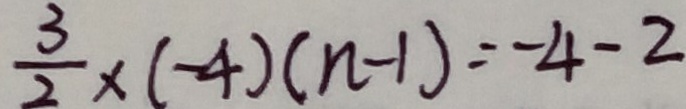
\frac { 3 } { 2 } \times ( - 4 ) ( n - 1 ) = - 4 - 2